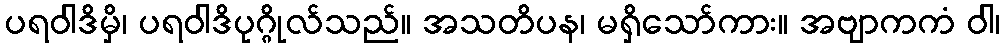
ပရဝါဒိမှိ၊ ပရဝါဒိပုဂ္ဂိုလ်သည်။ အသတိပန၊ မရှိသော်ကား။ အဗျာကကံ ဝါ၊